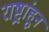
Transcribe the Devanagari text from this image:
राष्ट्रांहून